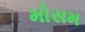
મોસમ